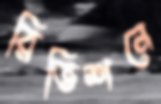
রিভিশনে